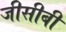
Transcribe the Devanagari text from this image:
जीसीबी